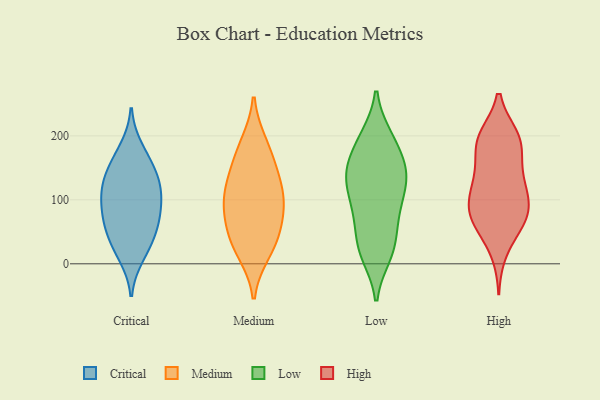
{"axis": {"x": "Page Views", "y": "Value"}, "legend": ["Critical", "High", "Low", "Medium"], "data": [{"x": "", "y": 132, "type": "Critical"}, {"x": "", "y": 110, "type": "Critical"}, {"x": "", "y": 49, "type": "Critical"}, {"x": "", "y": 120, "type": "Critical"}, {"x": "", "y": 112, "type": "Critical"}, {"x": "", "y": 159, "type": "Critical"}, {"x": "", "y": 180, "type": "Critical"}, {"x": "", "y": 147, "type": "Critical"}, {"x": "", "y": 25, "type": "Critical"}, {"x": "", "y": 72, "type": "Critical"}, {"x": "", "y": 50, "type": "Critical"}, {"x": "", "y": 13, "type": "Critical"}, {"x": "", "y": 79, "type": "Critical"}, {"x": "", "y": 84, "type": "Critical"}, {"x": "", "y": 135, "type": "Medium"}, {"x": "", "y": 20, "type": "Medium"}, {"x": "", "y": 43, "type": "Medium"}, {"x": "", "y": 37, "type": "Medium"}, {"x": "", "y": 186, "type": "Medium"}, {"x": "", "y": 92, "type": "Medium"}, {"x": "", "y": 168, "type": "Medium"}, {"x": "", "y": 79, "type": "Medium"}, {"x": "", "y": 120, "type": "Medium"}, {"x": "", "y": 99, "type": "Medium"}, {"x": "", "y": 122, "type": "Low"}, {"x": "", "y": 56, "type": "Low"}, {"x": "", "y": 152, "type": "Low"}, {"x": "", "y": 109, "type": "Low"}, {"x": "", "y": 124, "type": "Low"}, {"x": "", "y": 72, "type": "Low"}, {"x": "", "y": 128, "type": "Low"}, {"x": "", "y": 150, "type": "Low"}, {"x": "", "y": 167, "type": "Low"}, {"x": "", "y": 197, "type": "Low"}, {"x": "", "y": 84, "type": "Low"}, {"x": "", "y": 198, "type": "Low"}, {"x": "", "y": 154, "type": "Low"}, {"x": "", "y": 23, "type": "Low"}, {"x": "", "y": 24, "type": "Low"}, {"x": "", "y": 14, "type": "Low"}, {"x": "", "y": 18, "type": "Low"}, {"x": "", "y": 80, "type": "Low"}, {"x": "", "y": 196, "type": "Low"}, {"x": "", "y": 136, "type": "Low"}, {"x": "", "y": 196, "type": "High"}, {"x": "", "y": 88, "type": "High"}, {"x": "", "y": 117, "type": "High"}, {"x": "", "y": 141, "type": "High"}, {"x": "", "y": 170, "type": "High"}, {"x": "", "y": 84, "type": "High"}, {"x": "", "y": 109, "type": "High"}, {"x": "", "y": 19, "type": "High"}, {"x": "", "y": 198, "type": "High"}, {"x": "", "y": 69, "type": "High"}, {"x": "", "y": 91, "type": "High"}, {"x": "", "y": 65, "type": "High"}, {"x": "", "y": 119, "type": "High"}, {"x": "", "y": 199, "type": "High"}, {"x": "", "y": 140, "type": "High"}, {"x": "", "y": 199, "type": "High"}, {"x": "", "y": 68, "type": "High"}, {"x": "", "y": 183, "type": "High"}, {"x": "", "y": 56, "type": "High"}]}